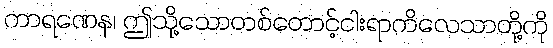
ကာရဏေန၊ ဤသို့သောတစ်တောင့်ငါးရာကိလေသာတို့ကို